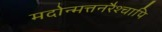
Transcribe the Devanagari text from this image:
मदोन्मत्तनरैश्‍चापि